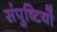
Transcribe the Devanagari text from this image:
संपुष्टियों